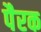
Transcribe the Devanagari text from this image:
पैरक